Annual administration report of the Civil Veterinary Department of India - 1894-1895
Year: 1894
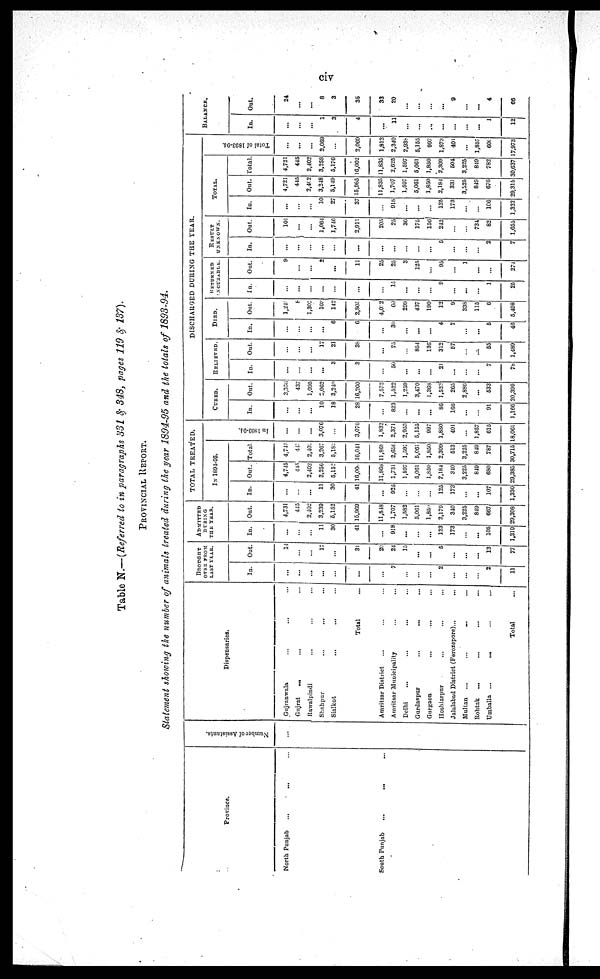
civ
Table N.—(Referred to in paragraphs 331 & 348, pages 119 & 137).
PROVINCIAL REPORT.
Statement showing the number of animals treated during the year 1894-95 and the totals of 1893-94.
Province.
North Punjab ... ... ... ...
South Punjab ... ... ...
Number of Assistants.
...
Dispensaries.
Gujranwala ... ... ...
Gujrat ... ... ... ...
Rawalpindi ... ...
Shahpur ... ... ...
Sialkot
...
... ...
Total
...
Amritsar District ... ... ...
Amritsar Municipality ... ...
Delhi
...
...
... ...
Gurdaspur
...
... ...
Gurgraon ... ... ...
Hoshiarpur ... ... ...
Jalalabad District (Ferozepore) ... ...
Multan
...
...
... ...
Rohtak
...
...
... ...
Umballa ...
... ... ...
Total...
BROUGHT
OVER FROM
LAST YEAR.
In.
......
...
...
...
...
...
...
7
...
...
...
2
...
...
...
2
11
Out.
14
...
...
17
...
31
20
21
15
...
...
5
...
...
...
13
77
ADMITTED
DURING
THE YEAR.
In.
...
...
...
11
30
41
...
918
...
...
...
123
173
...
...
105
1,319
Out.
4,731
445
2,402
3,239
5,152
15,969
11,848
1,707
1,582
5,061
1,859
2,179
340
3,225
849
667
29,308
TOTAL TREATED.
IN 1891-95.
In.
...
...
...
11
30
41
...
925
...
...
...
125
173
...
...
107
1,330
Out.
4,745
445
2,402
3,256
5,152
16,000
11,868
1,731
1,597
5,061
1,850
2,184
310
3,225
849
680
29,385
Total.
4,745
445
2,402
3,267
5,182
16,041
11,868
2,656
1,597
5,061
1,850
2,309
513
3,225
849
787
30,715
In 1893- 91.
...
...
...
3,076
...
3,076
1,832
2,371
2,953
5,155
997
1,880
401
...
1,857
615
18,061
DISCHARGED DURING THE YEAR.
CURED.
In.
...
...
...
10
18
28
...
823
...
...
...
86
166
...
...
91
1,166
Out.
3,366
437
1,095
2,062
3,249
16,200
7,573
1,522
1,259
3,470
1,368
1,523
265
2,886
...
533
20,399
RELIEVED.
In.
...
...
...
...
3
3
...
50
...
...
...
21
...
...
...
7
78
Out.
...
...
...
17
21
38
...
75
...
854
136
312
57
...
...
55
1,489
DIED.
In.
...
...
...
...
6
6
...
36
...
...
...
4
7
...
...
5
46
Out.
1,242
...
1,307
103
142
2,803
4,032
60
299
437
190
12
9
338
115
6
5,498
RETURNED
INCURABLE.
In.
...
...
...
...
...
...
...
15
...
...
...
9
...
...
...
1
25
Out.
9
...
...
2
...
11
25
25
3
125
...
95
...
1
...
...
274
RESULT
UNKNOWN.
In.
...
...
...
...
...
...
...
...
...
...
...
5
...
...
...
2
7
Out.
101
...
...
1,064
1,746
2,911
205
25
36
175
156
242
...
...
734
82
1,655
TOTAL.
In.
...
...
...
10
27
37
...
918
...
...
...
125
173
...
...
106
1,322
Out.
4,721
445
2,402
3,248
5,149
15,965
11,835
1,707
1,597
5,061
1,850
2,184
331
3,225
840
676
29,315
Total.
4,721
445
2,402
3,258
5,176
16,002
11,835
2,625
1,597
5,061
1,850
2,309
504
3,225
849
782
30,637
Tot al of 1893- 94.
...
...
...
2,069
...
2,069
1,812
2,340
2,938
5,155
997
1,873
404
...
1,857
606
17,973
BALANCE.
In.
...
...
...
1
3
4
...
11
...
...
...
...
...
...
...
1
12
Out.
24
...
...
8
3
35
33
20
...
...
...
...
9
...
...
4
66